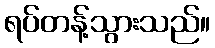
ရပ်တန့်သွားသည်။